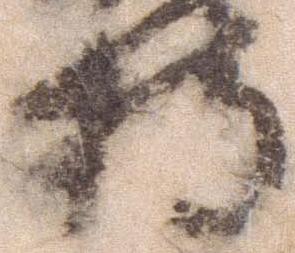
持